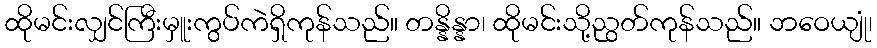
ထိုမင်းလျှင်ကြီးမှူးကွပ်ကဲရှိကုန်သည်။ တန္နိန္နာ၊ ထိုမင်းသို့ညွတ်ကုန်သည်။ ဘဝေယျုံ၊